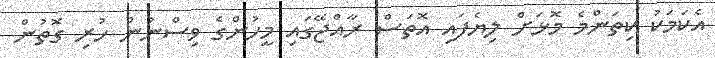
އެކަމަކު ކިތަންމެ މޮޅަށް ލިޔެފައި އޮތަސް ރާއްޖޭގައި މީހުންގެ ވިސްނުން ހުރި ގޮތުން